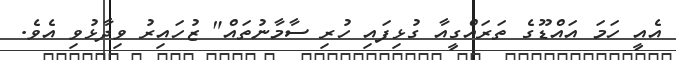
އެއީ ހަމަ އައްޑޫގެ ތަރައްގީއާ ގުޅިފައި ހުރި ސާމާނުތައް" ޒުހައިރު ވިދާޅުވި އެވެ.